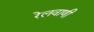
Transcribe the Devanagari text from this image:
रेलवाणी